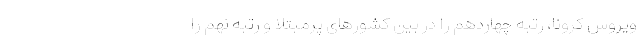
ویروس کرونا، رتبه چهاردهم را در بین کشورهای پرمبتلا و رتبه نهم را